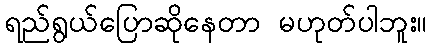
ရည်ရွယ်ပြောဆိုနေတာ မဟုတ်ပါဘူး။